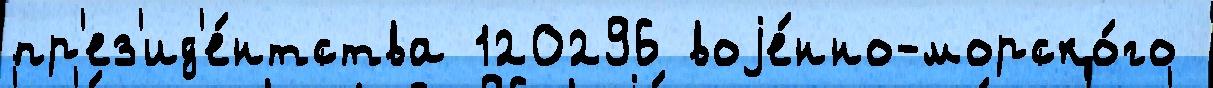
пр'ез'ид'е́нтства 120296 воjе́нно-морско́го